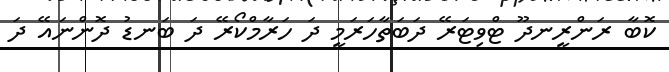
ކޮބާ ރަންރީނދޫ ޓްވިޓަރޭ ދަބަތާހަރަމީ ދަ ހަރާމްކޯރޭ ދަ ބަނޑު ދޮންނައޭ ދަ